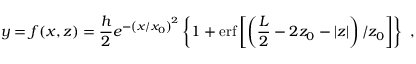
y = f ( x , z ) = \frac { h } { 2 } e ^ { - \left( x / x _ { 0 } \right) ^ { 2 } } \left\{ 1 + \mathrm { e r f } \left[ \left( \frac { L } { 2 } - 2 z _ { 0 } - | z | \right) / z _ { 0 } \right] \right\} ~ ,